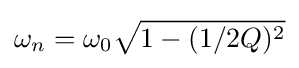
\omega _{n}=\omega _{0}{\sqrt {1-(1/2Q)^{2}}}